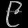
Digit: ၉